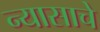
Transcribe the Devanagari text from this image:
न्यासाचे